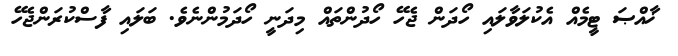
ޚާއްޞަ ޓީމެއް އެކުލަވާލައި ހޯދަން ޖެހޭ ހޯދުންތައް މިދަނީ ހޯދަމުންނެވެ. ބަލައި ފާސްކުރަންޖެހޭ